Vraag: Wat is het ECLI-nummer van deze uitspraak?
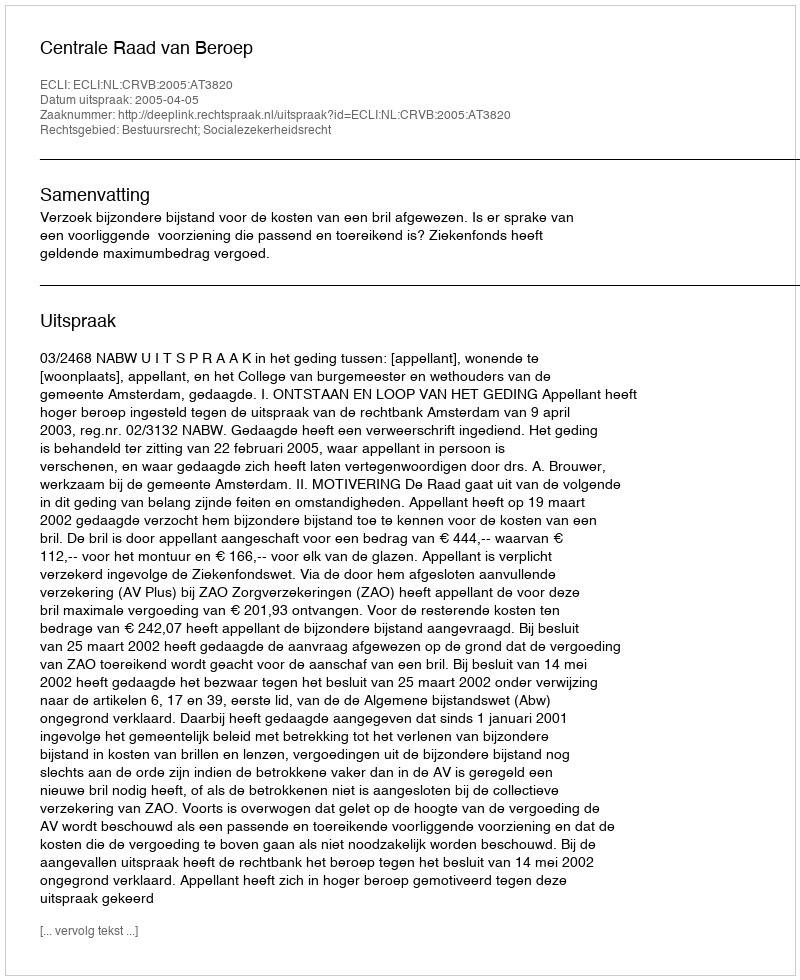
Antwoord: ECLI:NL:CRVB:2005:AT3820